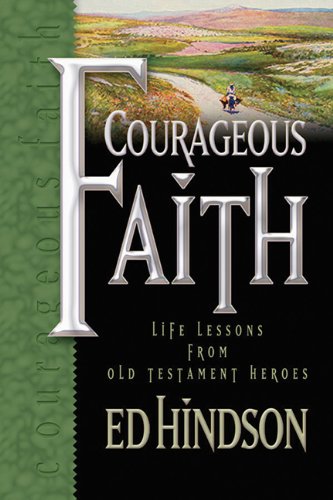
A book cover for Courageous Faith: Life Lessons from Old Testament Heroes; Ed Hindson; Christian Books & Bibles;